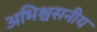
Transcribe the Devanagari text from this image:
अभिश्वसनीय